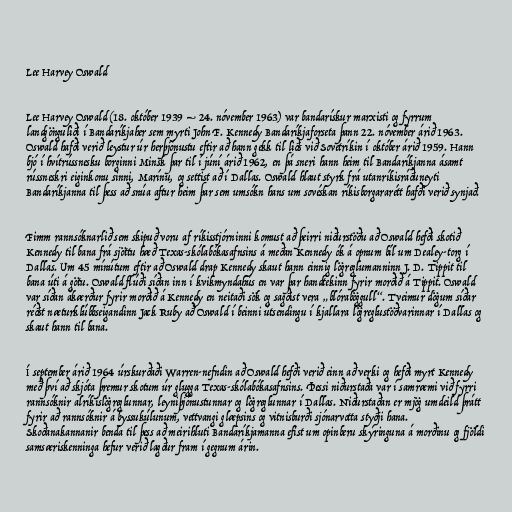
Lee Harvey Oswald

Lee Harvey Oswald (18. október 1939 – 24. nóvember 1963) var bandarískur marxisti og fyrrum
landgönguliði í Bandaríkjaher sem myrti John F. Kennedy Bandaríkjaforseta þann 22. nóvember árið 1963.
Oswald hafði verið leystur úr herþjónustu eftir að hann gekk til liðs við Sovétríkin í október árið 1959. Hann
bjó í hvítrússnesku borginni Minsk þar til í júní árið 1962, en þá sneri hann heim til Bandaríkjanna ásamt
rússneskri eiginkonu sinni, Marínu, og settist að í Dallas. Oswald hlaut styrk frá utanríkisráðuneyti
Bandaríkjanna til þess að snúa aftur heim þar sem umsókn hans um sovéskan ríkisborgararétt hafði verið synjað.

Fimm rannsóknarlið sem skipuð voru af ríkisstjórninni komust að þeirri niðurstöðu að Oswald hefði skotið
Kennedy til bana frá sjöttu hæð Texas-skólabókasafnsins á meðan Kennedy ók á opnum bíl um Dealey-torg í
Dallas. Um 45 mínútum eftir að Oswald drap Kennedy skaut hann einnig lögreglumanninn J. D. Tippit til
bana úti á götu. Oswald flúði síðan inn í kvikmyndahús en var þar handtekinn fyrir morðið á Tippit. Oswald
var síðan ákærður fyrir morðið á Kennedy en neitaði sök og sagðist vera „blóraböggull“. Tveimur dögum síðar
réðst næturklúbbseigandinn Jack Ruby að Oswald í beinni útsendingu í kjallara lögreglustöðvarinnar í Dallas og
skaut hann til bana.

Í september árið 1964 úrskurðaði Warren-nefndin að Oswald hefði verið einn að verki og hefði myrt Kennedy
með því að skjóta þremur skotum úr glugga Texas-skólabókasafnsins. Þessi niðurstaða var í samræmi við fyrri
rannsóknir alríkislögreglunnar, leyniþjónustunnar og lögreglunnar í Dallas. Niðurstaðan er mjög umdeild þrátt
fyrir að rannsóknir á byssukúlunum, vettvangi glæpsins og vitnisburði sjónarvotta styðji hana.
Skoðanakannanir benda til þess að meirihluti Bandaríkjamanna efist um opinberu skýringuna á morðinu og fjöldi
samsæriskenninga hefur verið lagður fram í gegnum árin.